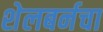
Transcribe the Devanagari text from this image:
शेलबर्नचा